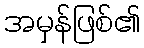
အမှန်ဖြစ်၏